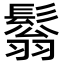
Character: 𩮬